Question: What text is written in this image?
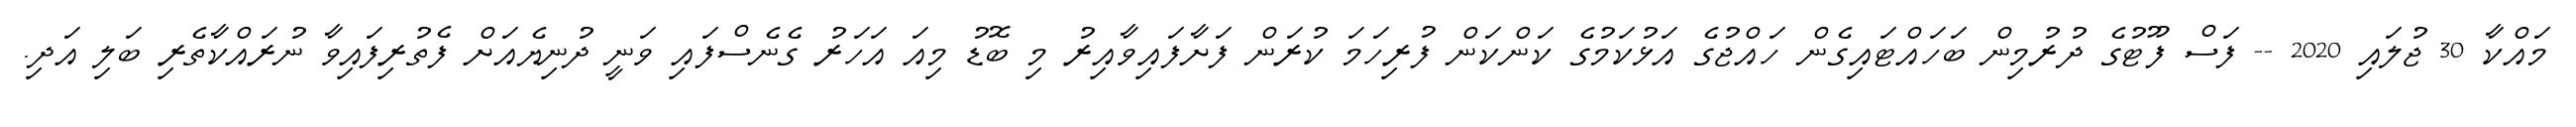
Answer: މައްކާ 30 ޖުލައި 2020 -- ފަސް ފޫޓުގެ ދުރުމިން ބަހައްޓައިގެން ހައްޖުގެ އަޅުކަމުގެ ކަންކަން ފުރިހަމަ ކުރަން ފަށާފައިވާއިރު މި ބޮޑު މިއަ އަހަރު ގެނެސްފައި ވަނީ ދުނިޔެއަށް ފެތުރިފައިވާ ނުރައްކާތެރި ބަލި އަދި.